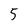
Character: 5